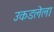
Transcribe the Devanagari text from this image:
उकडलेला